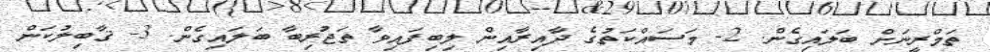
ތަމްރީނަށް ބަލައިގެން. 2- މަސައްކަތުގެ ދާއިރާއިން ލިބިފައިވާ ތަޖުރިބާ ބަލައިގެން. 3- ޤާބިލުކަން